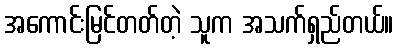
အကောင်းမြင်တတ်တဲ့ သူက အသက်ရှည်တယ်။